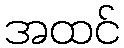
အထင်